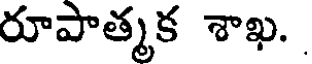
రూపాత్మక శాఖ.